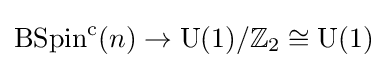
\operatorname {BSpin} ^{\mathrm {c} }(n)\rightarrow \operatorname {U} (1)/\mathbb {Z} _{2}\cong \operatorname {U} (1)